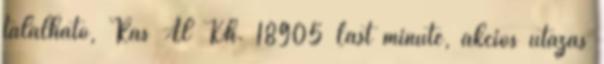
található, Ras Al Kh. 18905 Last minute, akciós utazás